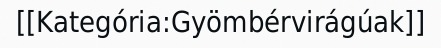
[[Kategória:Gyömbérvirágúak]]